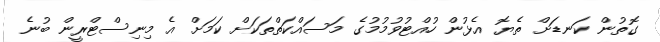
ގޮތުން ކަނޑަށް ތެޔޮ އެޅުން ހުއްޓުވުމުމުގެ މަސައްކަތްތަކަށް ކަމަށް އެ މިނިސްޓްރީން ބުނެ